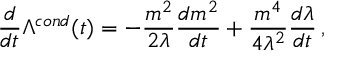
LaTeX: \frac { d } { d t } \Lambda ^ { c o n d } ( t ) = - \frac { m ^ { 2 } } { 2 \lambda } \frac { d m ^ { 2 } } { d t } + \frac { m ^ { 4 } } { 4 \lambda ^ { 2 } } \frac { d \lambda } { d t } \, ,